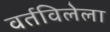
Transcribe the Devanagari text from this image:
वर्तविलेला